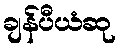
ချန်ပီယံဆု